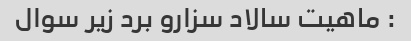
: ماهیت سالاد سزارو برد زیر سوال